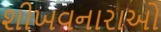
શીખવનારાઓ